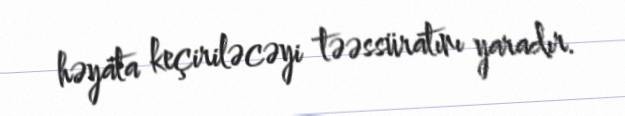
həyata keçiriləcəyi təəssüratını yaradır.